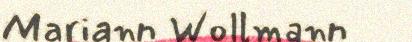
Mariann Wollmann